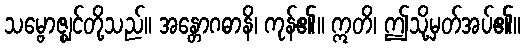
သမ္ဗောဇ္ဈင်တို့သည်။ အန္တောဂဓာနိ၊ ကုန်၏။ ဣတိ၊ ဤသို့မှတ်အပ်၏။